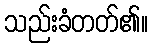
သည်းခံတတ်၏။